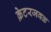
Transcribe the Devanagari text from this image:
क्रेटरजवळ